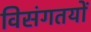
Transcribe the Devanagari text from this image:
विसंगतयों